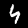
Digit: 4